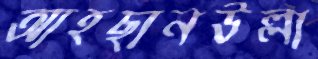
আহছানউল্লা